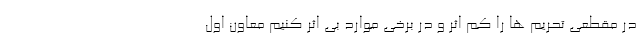
در مقطعی تحریم ها را کم اثر و در برخی موارد بی اثر کنیم معاون اول